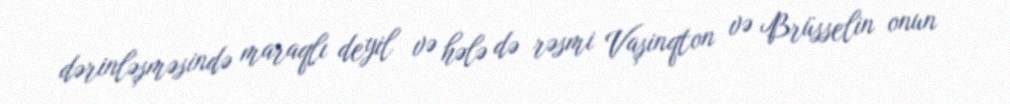
dərinləşməsində maraqlı deyil və hələ də rəsmi Vaşinqton və Brüsselin onun